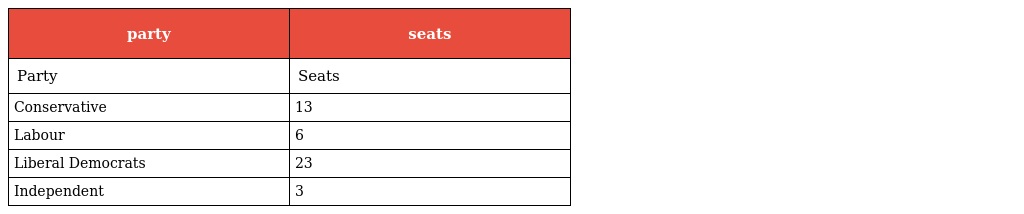
| party | seats |
 | --- | --- |
 | Party | Seats |
 | Conservative | 13 |
 | Labour | 6 |
 | Liberal Democrats | 23 |
 | Independent | 3 |